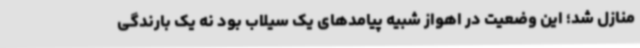
منازل شد؛ این وضعیت در اهواز شبیه پیامدهای یک سیلاب بود نه یک بارندگی